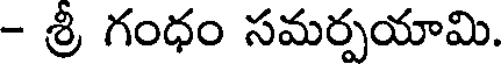
- శ్రీ గంధం సమర్పయామి.